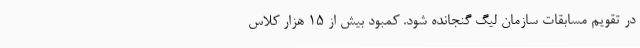
در تقویم مسابقات سازمان لیگ گنجانده شود. کمبود بیش از ۱۵ هزار کلاس